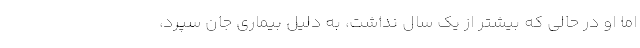
اما او در حالی که بیشتر از یک سال نداشت، به دلیل بیماری جان سپرد،